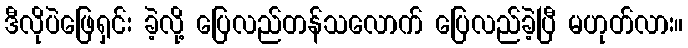
ဒီလိုပဲဖြေရှင်း ခဲ့လို့ ပြေလည်တန်သလောက် ပြေလည်ခဲ့ပြီ မဟုတ်လား။